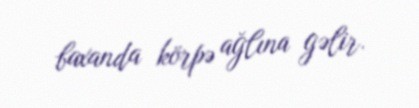
baxanda körpə ağlına gəlir.